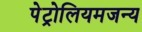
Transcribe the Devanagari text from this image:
पेट्रोलियमजन्य